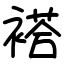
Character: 褡